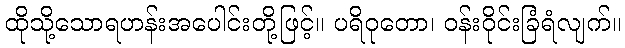
ထိုသို့သောရဟန်းအပေါင်းတို့ဖြင့်။ ပရိဝုတော၊ ဝန်းဝိုင်းခြံရံလျက်။